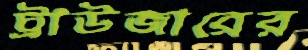
ট্রাউজারের